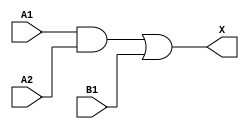
module sky130_fd_sc_hd__a21o (
    X ,
    A1,
    A2,
    B1
);

    // Module ports
    output X ;
    input  A1;
    input  A2;
    input  B1;

    // Local signals
    wire and0_out ;
    wire or0_out_X;

    //  Name  Output     Other arguments
    and and0 (and0_out , A1, A2         );
    or  or0  (or0_out_X, and0_out, B1   );
    buf buf0 (X        , or0_out_X      );

endmodule